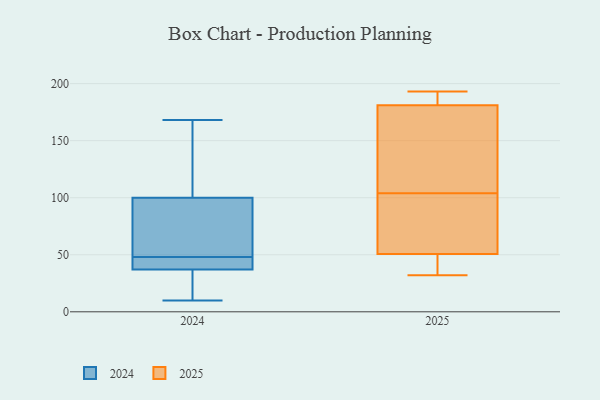
{"axis": {"x": "Active Users", "y": "Value"}, "legend": ["2024", "2025"], "data": [{"x": "", "y": 122, "type": "2025"}, {"x": "", "y": 180, "type": "2025"}, {"x": "", "y": 59, "type": "2025"}, {"x": "", "y": 94, "type": "2025"}, {"x": "", "y": 133, "type": "2025"}, {"x": "", "y": 188, "type": "2025"}, {"x": "", "y": 53, "type": "2025"}, {"x": "", "y": 193, "type": "2025"}, {"x": "", "y": 44, "type": "2025"}, {"x": "", "y": 104, "type": "2025"}, {"x": "", "y": 184, "type": "2025"}, {"x": "", "y": 37, "type": "2025"}, {"x": "", "y": 32, "type": "2025"}, {"x": "", "y": 54, "type": "2024"}, {"x": "", "y": 168, "type": "2024"}, {"x": "", "y": 71, "type": "2024"}, {"x": "", "y": 12, "type": "2024"}, {"x": "", "y": 42, "type": "2024"}, {"x": "", "y": 37, "type": "2024"}, {"x": "", "y": 10, "type": "2024"}, {"x": "", "y": 104, "type": "2024"}, {"x": "", "y": 37, "type": "2024"}, {"x": "", "y": 100, "type": "2024"}]}